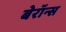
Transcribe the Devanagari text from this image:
बेरॉन्स